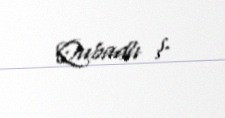
Qubadlı ş.